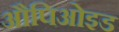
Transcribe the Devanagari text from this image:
औपिओइड